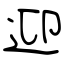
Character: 迎